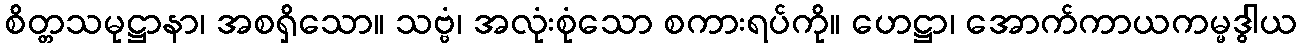
စိတ္တသမုဋ္ဌာနာ၊ အစရှိသော။ သဗ္ဗံ၊ အလုံးစုံသော စကားရပ်ကို။ ဟေဋ္ဌာ၊ အောက်ကာယကမ္မဒွါယ